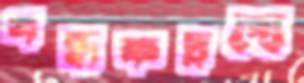
গন্ধকদ্রব্যে